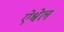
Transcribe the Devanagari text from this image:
ऐश्वेल